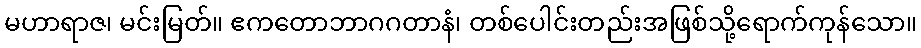
မဟာရာဇ၊ မင်းမြတ်။ ဧကတောဘာဂဂတာနံ၊ တစ်ပေါင်းတည်းအဖြစ်သို့ရောက်ကုန်သော။